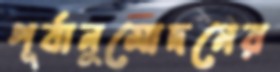
পূর্বানুমোদনের